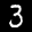
Label: 3